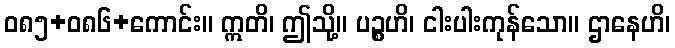
ဝ၈၅+၀၈၆+ကောင်း။ ဣတိ၊ ဤသို့။ ပဉ္စဟိ၊ ငါးပါးကုန်သော။ ဌာနေဟိ၊